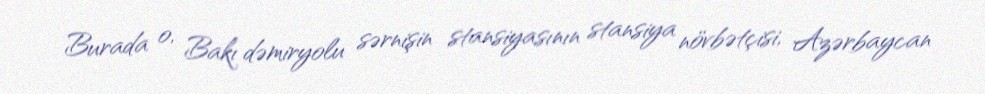
Burada o, Bakı dəmiryolu sərnişin stansiyasının stansiya növbətçisi, Azərbaycan